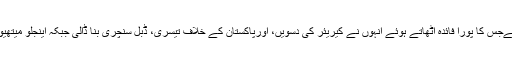
کمار سنگاکارا جیسے بلے باز کے کیچ چھوڑ کر انہیں نئے مواقع دیے گئےجس کا پورا فائدہ اٹھاتے ہوئے انہوں نے کیریئر کی دسویں، اورپاکستان کے خلاف تیسری، ڈبل سنچری بنا ڈالی جبکہ اینجلو میتھیوز کی 91 رنز کی قائدانہ اننگز نے سری لنکا کو 533 رنز تک پہنچا دیا۔